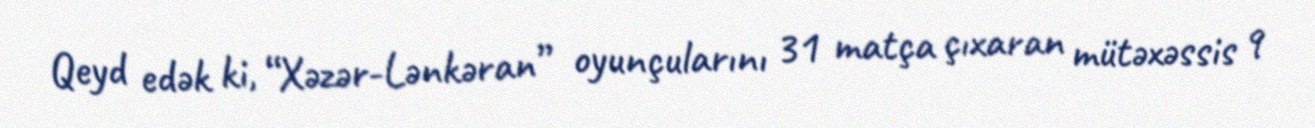
Qeyd edək ki, “Xəzər-Lənkəran” oyunçularını 31 matça çıxaran mütəxəssis 9